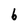
Character: b